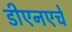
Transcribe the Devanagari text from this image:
डीएनएचे